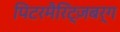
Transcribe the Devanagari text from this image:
पिटरमैरिट्ज़बर्ग